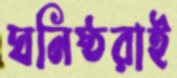
ঘনিষ্ঠরাই